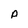
Character: p